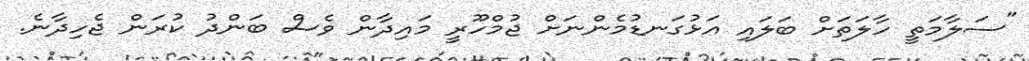
"ސަލާމަތީ ހާލަތަށް ބަލައި އަޅުގަނޑުމެންނަށް ޖުމްހޫރީ މައިދާން ވެސް ބަންދު ކުރަން ޖެހިދާނެ.